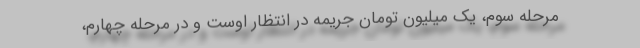
مرحله سوم، یک میلیون تومان جریمه در انتظار اوست و در مرحله چهارم،